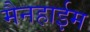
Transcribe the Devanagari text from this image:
मैनहाईम